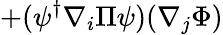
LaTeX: +(\psi^{\dagger}\nabla_{i}\Pi\psi)(\nabla_{j}\Phi)